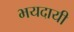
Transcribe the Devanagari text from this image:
भयदायी